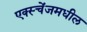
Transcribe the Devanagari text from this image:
एक्स्चेंजमधील